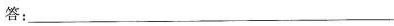
答：___